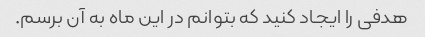
هدفی را ایجاد کنید که بتوانم در این ماه به آن برسم.